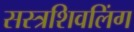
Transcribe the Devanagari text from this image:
सस्त्रशिवलिंग